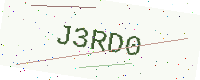
Text: J3RD0